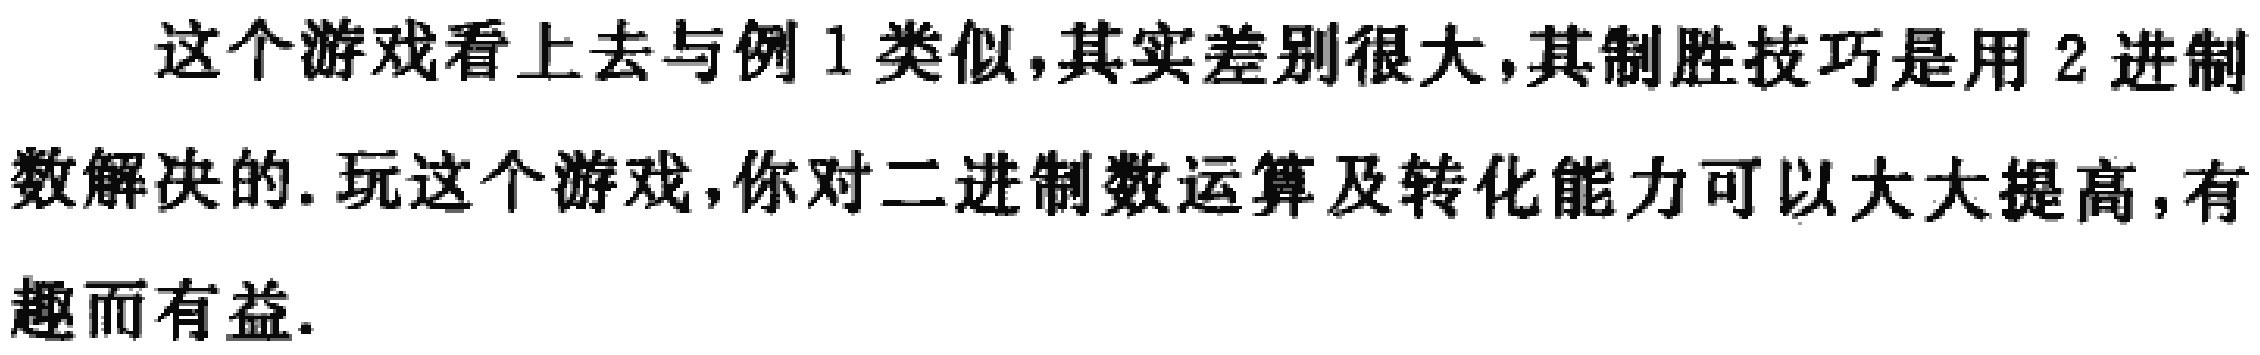
这个游戏看上去与例 1 类似,其实差别很大,其制胜技巧是用 2 进制数解决的. 玩这个游戏,你对二进制数运算及转化能力可以大大提高,有趣而有益.